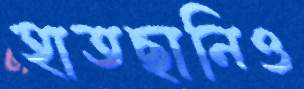
হাতছানিও